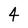
Character: 4